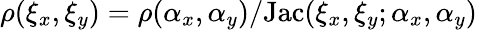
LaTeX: \rho(\xi_{x},\xi_{y})=\rho(\alpha_{x},\alpha_{y})/\mathrm{Jac}(\xi_{x},\xi_{y};\alpha_{x},\alpha_{y})